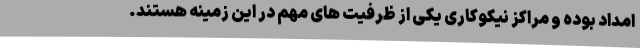
امداد بوده و مراکز نیکوکاری یکی از ظرفیت های مهم در این زمینه هستند.